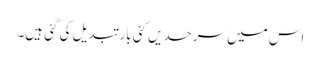
اس میں سرحدیں کئی بار تبدیل کی گئی ہیں۔